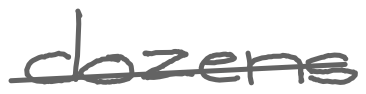
Text: dozens
Cross-out: single-line
Writing tool: digital_gray